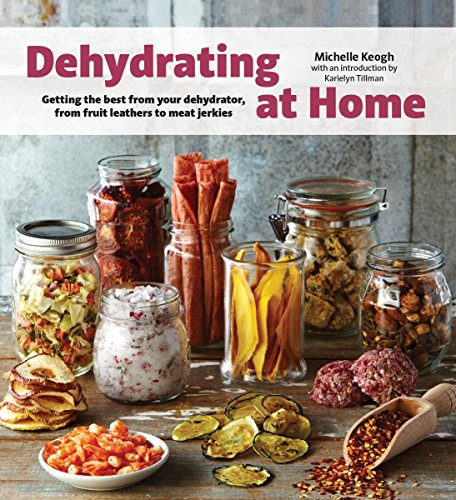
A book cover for Dehydrating at Home: Getting the Best from Your Dehydrator, from Fruit Leather to Meat Jerkies; Michelle Keogh; Cookbooks, Food & Wine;